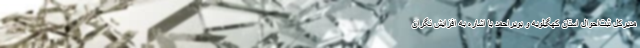
مدیرکل ثبت‌احوال استان کهگیلویه و بویراحمد با اشاره به افزایش نگران